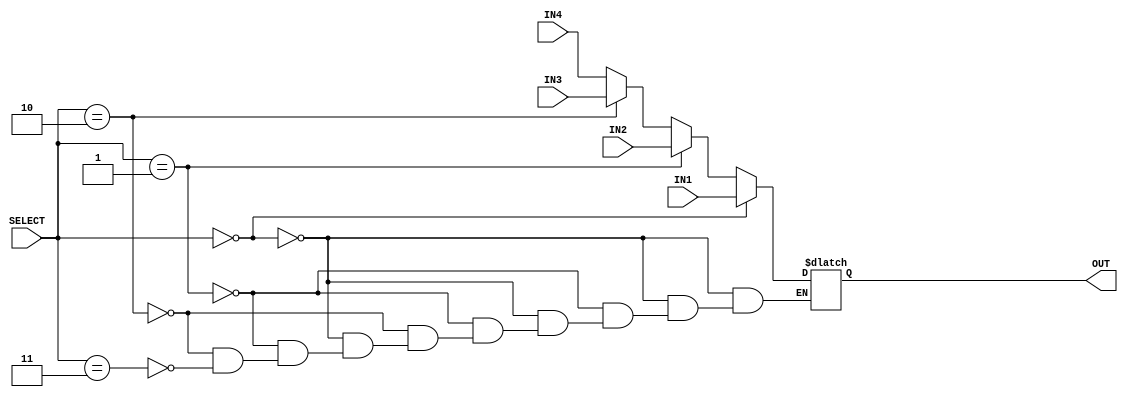
/*
    * CO224 - Computer Architecture
    * Lab 05 - Part 5
    * 4:1 Multiplexer Unit
    * Group 09 (E/20/148, E/20/157)
    * 2024-05-22
    * Version 1.0
*/

module mux4(IN1, IN2, IN3, IN4, SELECT, OUT);
    // Input-output Declaration
    input[7:0] IN1, IN2, IN3, IN4;
    input[1:0] SELECT;

    output reg[7:0] OUT;

    // Operation
    always @ (IN1, IN2, IN3, IN4, SELECT)
    begin
      if(SELECT == 0) begin
        OUT = IN1;
      end

      else if(SELECT == 1) begin
        OUT = IN2;
      end

      else if(SELECT == 2) begin
        OUT = IN3;
      end

      else if(SELECT == 3) begin
        OUT = IN4;
      end

     //$display("IN1: %b \t IN2: %b \t S: %b \t OUT: %b", IN1, IN2, SELECT, OUT);
    end

endmodule